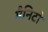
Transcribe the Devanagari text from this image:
मैनिटो